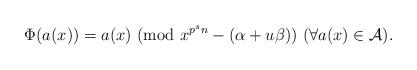
LaTeX: \begin{align*}\Phi(a(x))=a(x) \ ({\rm mod} \ x^{p^sn}-(\alpha+u\beta)) \ (\forall a(x)\in \mathcal{A}).\end{align*}